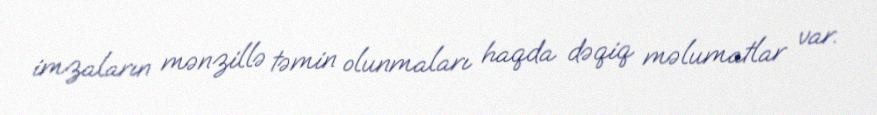
imzaların mənzillə təmin olunmaları haqda dəqiq məlumatlar var.